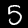
Label: 5